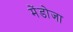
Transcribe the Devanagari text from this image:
मेंडोजा